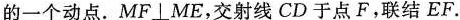
的一个动点。MF \bot ME，交射线CD于点F，联结EF.